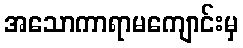
အသောကာရာမကျောင်းမှ